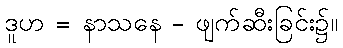
ဒူဟ = နာသနေ - ဖျက်ဆီးခြင်း၌။